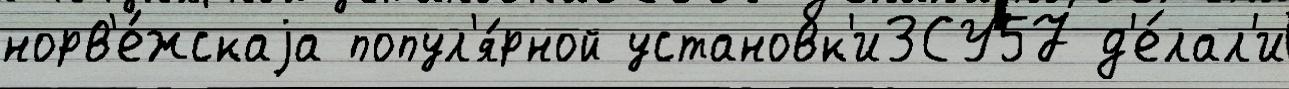
норв'е́жскаjа попул'я́рной установк'иЗСУ57 д'е́лал'и